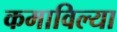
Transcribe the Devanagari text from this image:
कमाविल्या